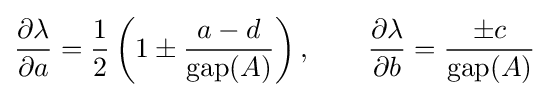
{\frac {\partial \lambda }{\partial a}}={\frac {1}{2}}\left(1\pm {\frac {a-d}{{\rm {gap}}(A)}}\right),\qquad {\frac {\partial \lambda }{\partial b}}={\frac {\pm c}{{\rm {gap}}(A)}}